Civil Veterinary Department. United Provinces 1912-22 - 1912-1922
Year: 1912
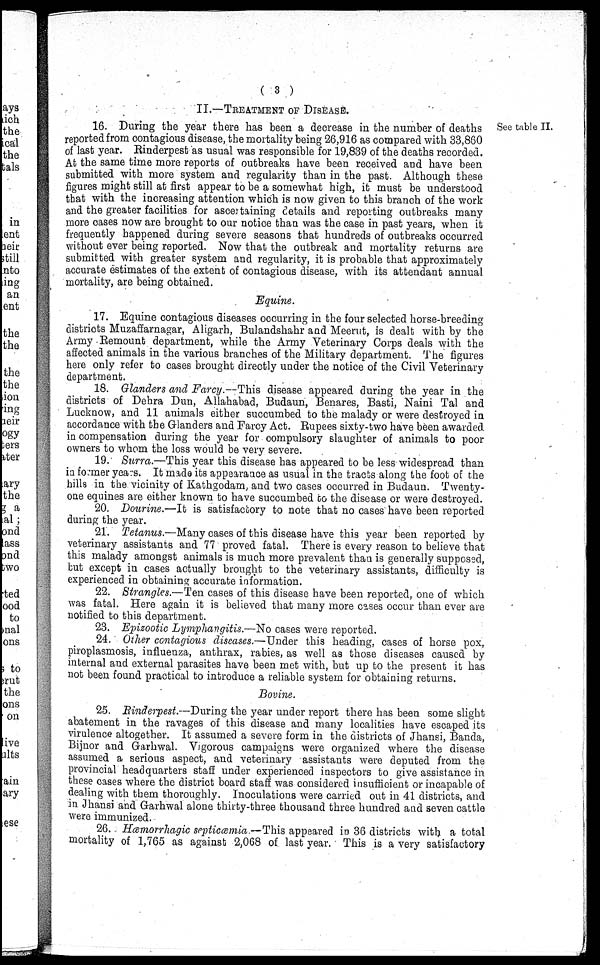
(3)
II.—TREATMENT OF DISEASE.
See table II.
16. During the year there has been a decrease in the number of deaths
reported from contagious disease, the mortality being 26,916 as compared with 33,860
of last year. Rinderpest as usual was responsible for 19,839 of the deaths recorded.
At the same time more reports of outbreaks have been received and have been
submitted with more system and regularity than in the past. Although these
figures might still at first appear to be a somewhat high, it must be understood
that with the increasing attention which is now given to this branch of the work
and the greater facilities for ascertaining details and reporting outbreaks many
more cases now are brought to our notice than was the case in past years, when it
frequently happened during severe seasons that hundreds of outbreaks occurred
without ever being reported. Now that the outbreak and mortality returns are
submitted with greater system and regularity, it is probable that approximately
accurate estimates of the extent of contagious disease, with its attendant annual
mortality, are being obtained.
Equine.
17. Equine contagious diseases occurring in the four selected horse-breeding
districts Muzaffarnagar, Aligarh, Bulandshahr and Meerut, is dealt with by the
Army Remount department, while the Army Veterinary Corps deals with the
affected animals in the various branches of the Military department. The figures
here only refer to cases brought directly under the notice of the Civil Veterinary
department.
18. Glanders and Farcy.—This disease appeared during the year in the
districts of Dehra Dun, Allahabad, Budaun, Benares, Basti, Naini Tal and
Lucknow, and 11 animals either succumbed to the malady or were destroyed in
accordance with the Glanders and Farcy Act. Rupees sixty-two have been awarded
in compensation during the year for compulsory slaughter of animals to poor
owners to whom the loss would be very severe.
19. Surra.—This year this disease has appeared to be less widespread than
in former years. It made its appearance as usual in the tracts along the foot of the
hills in the vicinity of Kathgodam, and two cases occurred in Budaun. Twenty-
one equines are either known to have succumbed to the disease or were destroyed.
20. Dourine.—It is satisfactory to note that no cases have been reported
during the year.
21. Tetanus.—Many cases of this disease have this year been reported by
veterinary assistants and 77 proved fatal. There is every reason to believe that
this malady amongst animals is much more prevalent than is generally supposed,
but except in cases actually brought to the veterinary assistants, difficulty is
experienced in obtaining accurate information.
22. Strangles.—Ten cases of this disease have been reported, one of which
was fatal. Here again it is believed that many more cases occur than ever are
notified to this department.
23. Epizootic Lymphangitis.—No cases were reported.
24. Other contagious diseases.—Under this heading, cases of horse pox,
piroplasmosis, influenza, anthrax, rabies, as well as those diseases caused by
internal and external parasites have been met with, but up to the present it has
not been found practical to introduce a reliable system for obtaining returns.
Bovine.
25. Rinderpest.—During the year under report there has been some slight
abatement in the ravages of this disease and many localities have escaped its
virulence altogether. It assumed a severe form in the districts of Jhansi, Banda,
Bijnor and Garhwal. Vigorous campaigns were organized where the disease
assumed a serious aspect, and veterinary assistants were deputed from the
provincial headquarters staff under experienced inspectors to give assistance in
these cases where the district board staff was considered insufficient or incapable of
dealing with them thoroughly. Inoculations were carried out in 41 districts, and
in Jhansi and Garhwal alone thirty-three thousand three hundred and seven cattle
were immunized.
26. Hæmorrhagic septicæmia.—This appeared in 36 districts with a total
mortality of 1,765 as against 2,068 of last year. This is a very satisfactory